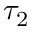
\tau _ { 2 }